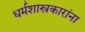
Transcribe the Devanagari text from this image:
धर्मशास्त्रकारांना